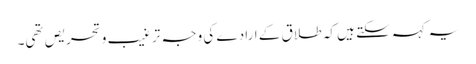
یہ کہہ سکتے ہیں کہ طلاق کے ارادے کی وجہ ترغیب و تحریص تھی۔